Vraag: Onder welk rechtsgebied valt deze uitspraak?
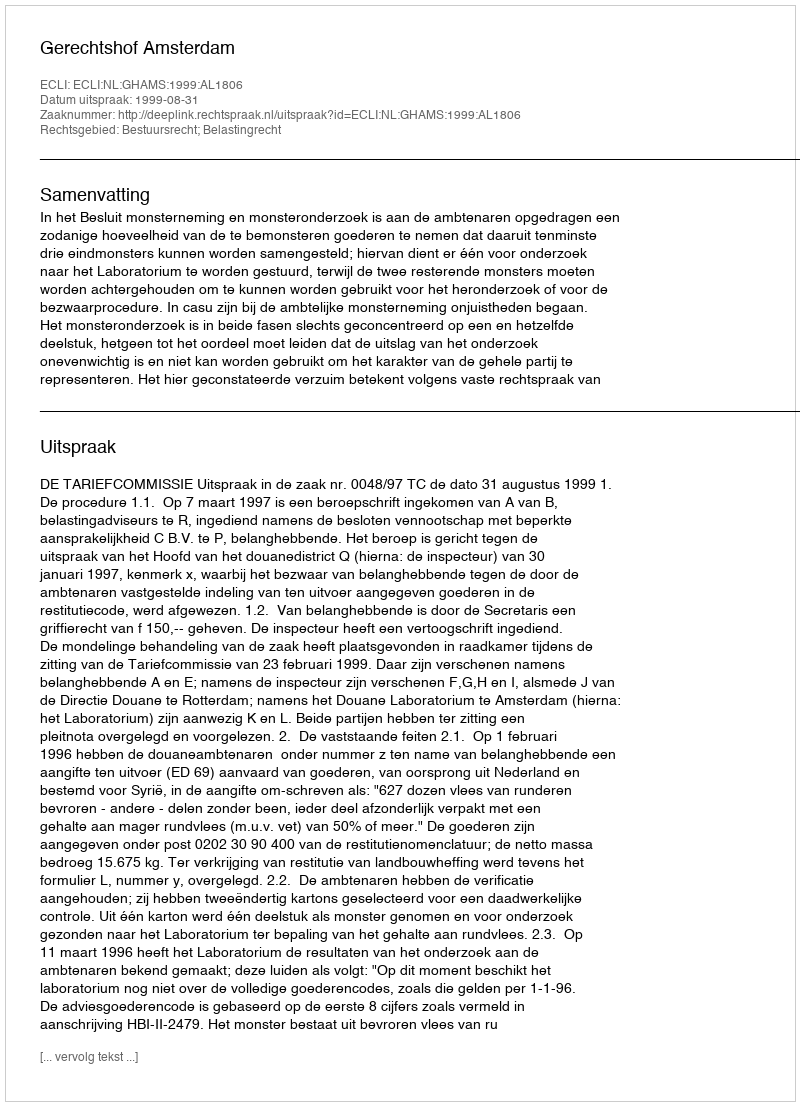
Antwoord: Bestuursrecht; Belastingrecht